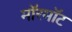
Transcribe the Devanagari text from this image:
मॉरमॉट